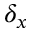
\delta _ { x }